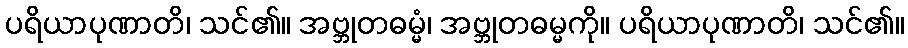
ပရိယာပုဏာတိ၊ သင်၏။ အဗ္ဘုတဓမ္မံ၊ အဗ္ဘုတဓမ္မကို။ ပရိယာပုဏာတိ၊ သင်၏။